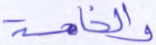
والخامسة